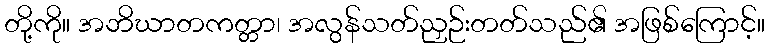
တို့ကို။ အဘိဃာတကတ္တာ၊ အလွန်သတ်ညှဉ်းတတ်သည်၏ အဖြစ်ကြောင့်။